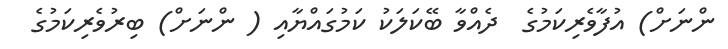
ންނަށް) އުފާވެރިކަމުގެ  ދެއްވާ ބޭކަލަކު ކަމުގައްޔާއި ( ންނަށް) ބިރުވެރިކަމުގެ